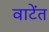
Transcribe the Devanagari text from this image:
वाटेंत